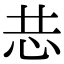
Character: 𭜑